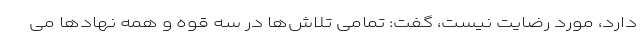
دارد، مورد رضایت نیست، گفت: تمامی تلاش‌ها در سه قوه و همه نهادها می